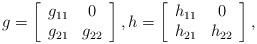
LaTeX: \begin{align*}g = \left[\begin{array}{cc}g_{11} & 0 \\g_{21} & g_{22}\end{array}\right], h = \left[\begin{array}{cc}h_{11} & 0 \\h_{21} & h_{22}\end{array}\right],\end{align*}